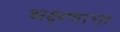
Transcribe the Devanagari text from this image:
भक्षणाचा